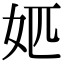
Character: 𡛘